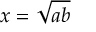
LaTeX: x = { \sqrt { a b } }